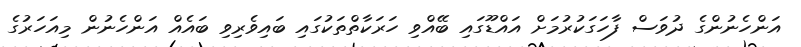
އަންހެނުންގެ ދުވަސް ފާހަގަކުރުމަށް އައްޑޫގައި ބޭއްވި ހަރަކާތްތަކުގައި ބައިވެރިވި ބައެއް އަންހެނުން މިއަހަރުގެ